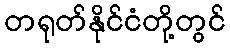
တရုတ်နိုင်ငံတို့တွင်